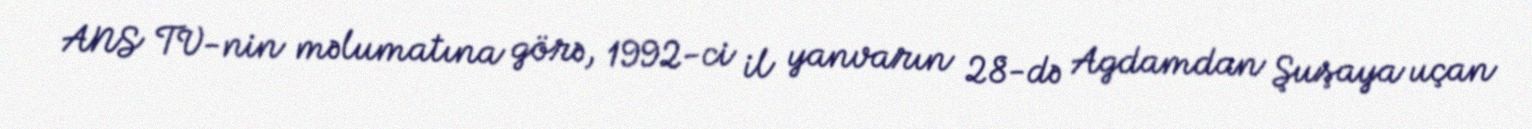
ANS TV-nin məlumatına görə, 1992-ci il yanvarın 28-də Agdamdan Şuşaya uçan